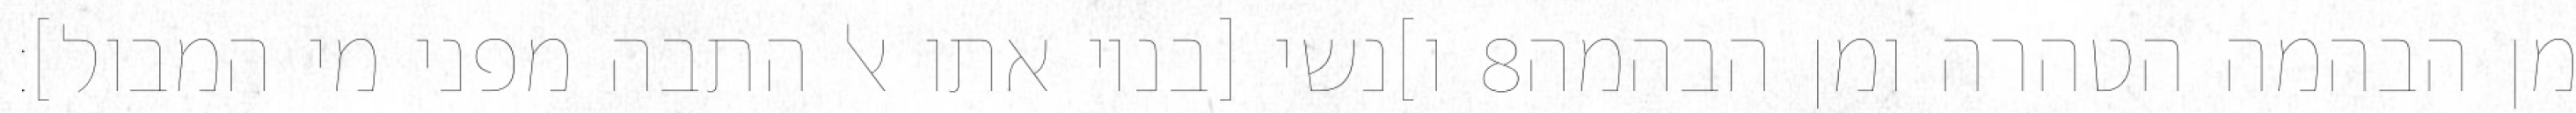
ו]נשי [בניו אתו אל התבה מפני מי המבול]׃ ‎8‏ מן הבהמה הטהרה ומן הבהמה